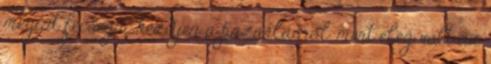
megint fecsegni kezdjen a pazarlásról, mert elég volt az